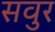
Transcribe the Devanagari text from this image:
सवुर